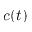
c ( t )